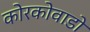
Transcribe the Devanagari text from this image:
कोरकोवाडो